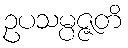
ဥပသမ္ပဇ္ဇတိ